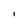
Character: l